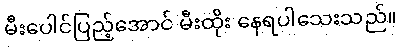
မီးပေါင်ပြည့်အောင် မီးထိုး နေရပါသေးသည်။